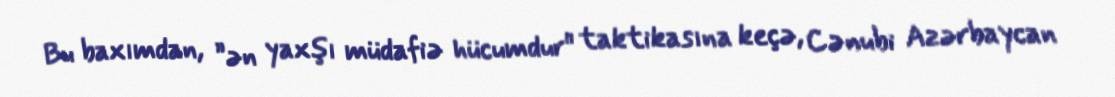
Bu baxımdan, ”ən yaxşı müdafiə hücumdur" taktikasına keçə, Cənubi Azərbaycan